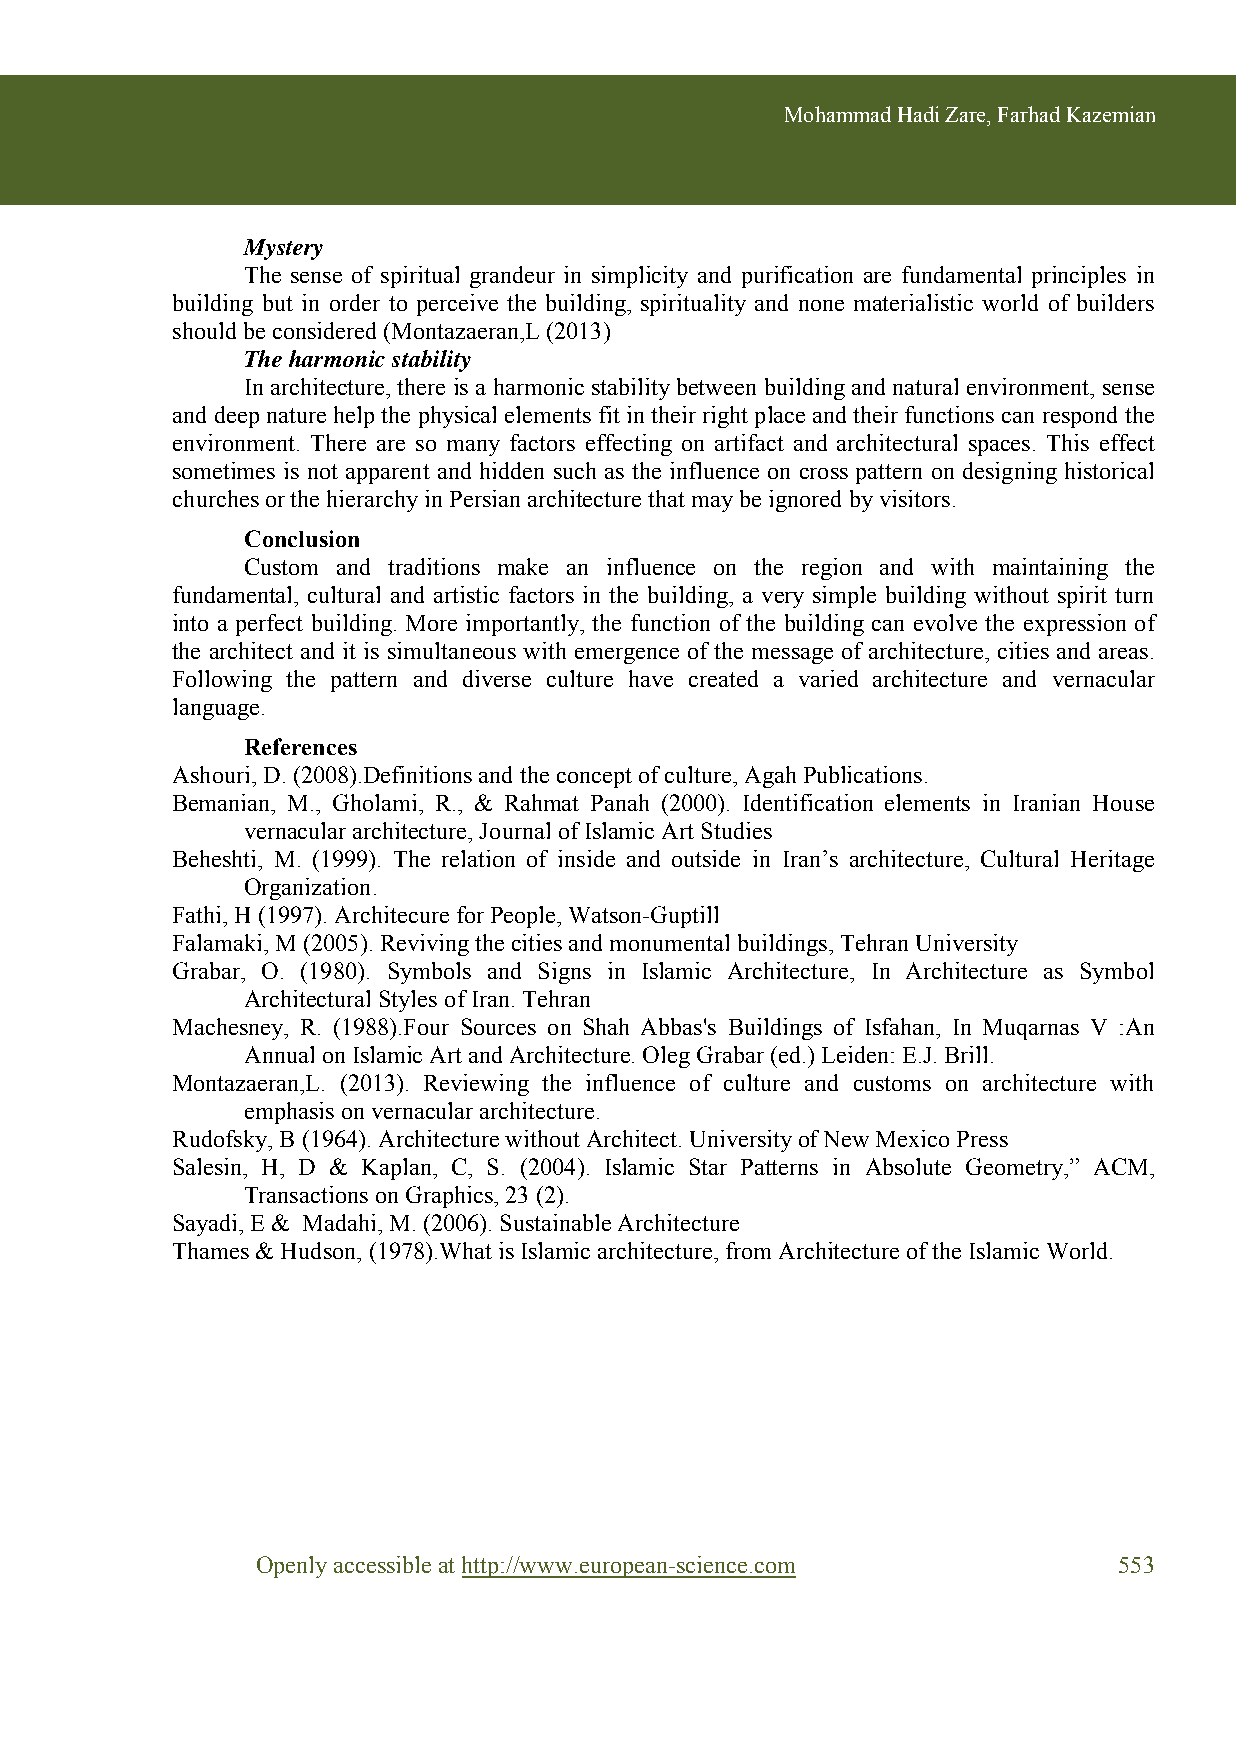
Mohammad Hadi Zare, Farhad Kazemian
 Mystery
 The sense of spiritual grandeur in simplicity and purification are fundamental principles in
 building but in order to perceive the building, spirituality and none materialistic world of builders
 should be considered (Montazaeran,L (2013)
 The harmonic stability
 In architecture, there is a harmonic stability between building and natural environment, sense
 and deep nature help the physical elements fit in their right place and their functions can respond the
 environment. There are so many factors effecting on artifact and architectural spaces. This effect
 sometimes is not apparent and hidden such as the influence on cross pattern on designing historical
 churches or the hierarchy in Persian architecture that may be ignored by visitors.
 Conclusion
 Custom and traditions make an influence on the region and with maintaining the
 fundamental, cultural and artistic factors in the building, a very simple building without spirit turn
 into a perfect building. More importantly, the function of the building can evolve the expression of
 the architect and it is simultaneous with emergence of the message of architecture, cities and areas.
 Following the pattern and diverse culture have created a varied architecture and vernacular
 language.
 References
 Ashouri, D. (2008).Definitions and the concept of culture, Agah Publications.
 Bemanian, M., Gholami, R., & Rahmat Panah (2000). Identification elements in Iranian House
 vernacular architecture, Journal of Islamic Art Studies
 Beheshti, M. (1999). The relation of inside and outside in Iran’s architecture, Cultural Heritage
 Organization.
 Fathi, H (1997). Architecure for People, Watson-Guptill
 Falamaki, M (2005). Reviving the cities and monumental buildings, Tehran University
 Grabar, O. (1980). Symbols and Signs in Islamic Architecture, In Architecture as Symbol
 Architectural Styles of Iran. Tehran
 Machesney, R. (1988).Four Sources on Shah Abbas's Buildings of Isfahan, In Muqarnas V :An
 Annual on Islamic Art and Architecture. Oleg Grabar (ed.) Leiden: E.J. Brill.
 Montazaeran,L. (2013). Reviewing the influence of culture and customs on architecture with
 emphasis on vernacular architecture.
 Rudofsky, B (1964). Architecture without Architect. University of New Mexico Press
 Salesin, H, D & Kaplan, C, S. (2004). Islamic Star Patterns in Absolute Geometry,” ACM,
 Transactions on Graphics, 23 (2).
 Sayadi, E & Madahi, M. (2006). Sustainable Architecture
 Thames & Hudson, (1978).What is Islamic architecture, from Architecture of the Islamic World.
 Openly accessible at http://www.european-science.com     553